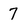
Character: 7